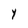
Character: Y